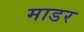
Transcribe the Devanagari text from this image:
माडर